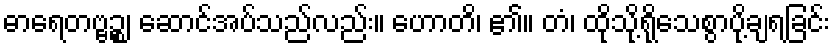
ဓာရေတဗ္ဗဉ္စ၊ ဆောင်အပ်သည်လည်း။ ဟောတိ၊ ၏။ တံ၊ ထိုသို့ရိုသေစွာပို့ချရခြင်း